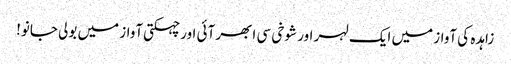
زاہدہ کی آواز میں ایک لہر اور شوخی سی ابھر آئی اور چہکتی آواز میں بولی جانو!